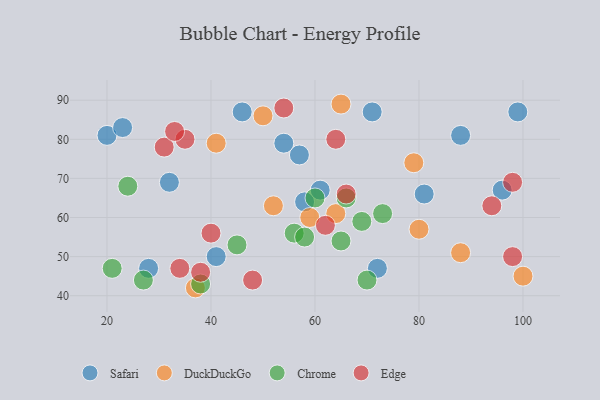
{"axis": {"x": "GDP", "y": "Life Expectancy"}, "legend": ["Chrome", "DuckDuckGo", "Edge", "Safari"], "data": [{"x": "57", "y": 76, "type": "Safari"}, {"x": "58", "y": 64, "type": "Safari"}, {"x": "61", "y": 67, "type": "Safari"}, {"x": "32", "y": 69, "type": "Safari"}, {"x": "81", "y": 66, "type": "Safari"}, {"x": "72", "y": 47, "type": "Safari"}, {"x": "88", "y": 81, "type": "Safari"}, {"x": "28", "y": 47, "type": "Safari"}, {"x": "99", "y": 87, "type": "Safari"}, {"x": "20", "y": 81, "type": "Safari"}, {"x": "23", "y": 83, "type": "Safari"}, {"x": "54", "y": 79, "type": "Safari"}, {"x": "71", "y": 87, "type": "Safari"}, {"x": "96", "y": 67, "type": "Safari"}, {"x": "46", "y": 87, "type": "Safari"}, {"x": "41", "y": 50, "type": "Safari"}, {"x": "50", "y": 86, "type": "DuckDuckGo"}, {"x": "80", "y": 57, "type": "DuckDuckGo"}, {"x": "37", "y": 42, "type": "DuckDuckGo"}, {"x": "65", "y": 89, "type": "DuckDuckGo"}, {"x": "88", "y": 51, "type": "DuckDuckGo"}, {"x": "59", "y": 60, "type": "DuckDuckGo"}, {"x": "79", "y": 74, "type": "DuckDuckGo"}, {"x": "100", "y": 45, "type": "DuckDuckGo"}, {"x": "64", "y": 61, "type": "DuckDuckGo"}, {"x": "41", "y": 79, "type": "DuckDuckGo"}, {"x": "52", "y": 63, "type": "DuckDuckGo"}, {"x": "73", "y": 61, "type": "Chrome"}, {"x": "60", "y": 65, "type": "Chrome"}, {"x": "56", "y": 56, "type": "Chrome"}, {"x": "66", "y": 65, "type": "Chrome"}, {"x": "45", "y": 53, "type": "Chrome"}, {"x": "69", "y": 59, "type": "Chrome"}, {"x": "70", "y": 44, "type": "Chrome"}, {"x": "27", "y": 44, "type": "Chrome"}, {"x": "65", "y": 54, "type": "Chrome"}, {"x": "21", "y": 47, "type": "Chrome"}, {"x": "58", "y": 55, "type": "Chrome"}, {"x": "24", "y": 68, "type": "Chrome"}, {"x": "38", "y": 43, "type": "Chrome"}, {"x": "64", "y": 80, "type": "Edge"}, {"x": "38", "y": 46, "type": "Edge"}, {"x": "48", "y": 44, "type": "Edge"}, {"x": "54", "y": 88, "type": "Edge"}, {"x": "31", "y": 78, "type": "Edge"}, {"x": "35", "y": 80, "type": "Edge"}, {"x": "98", "y": 69, "type": "Edge"}, {"x": "40", "y": 56, "type": "Edge"}, {"x": "34", "y": 47, "type": "Edge"}, {"x": "62", "y": 58, "type": "Edge"}, {"x": "94", "y": 63, "type": "Edge"}, {"x": "98", "y": 50, "type": "Edge"}, {"x": "33", "y": 82, "type": "Edge"}, {"x": "66", "y": 66, "type": "Edge"}]}